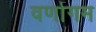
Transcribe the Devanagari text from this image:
वर्णागम